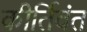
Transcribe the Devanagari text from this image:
कीर्तिवंत